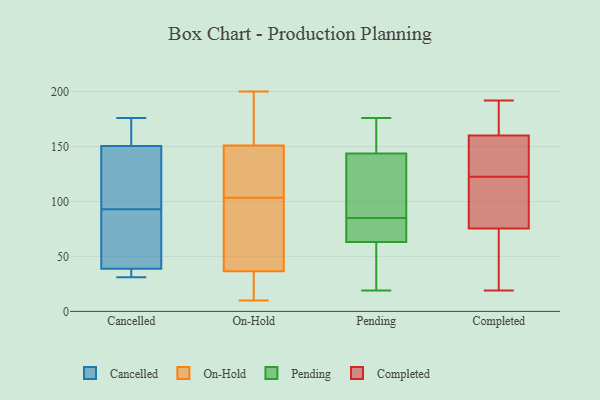
{"axis": {"x": "Bounce Rate (%)", "y": "Value"}, "legend": ["Cancelled", "Completed", "On-Hold", "Pending"], "data": [{"x": "", "y": 93, "type": "Cancelled"}, {"x": "", "y": 32, "type": "Cancelled"}, {"x": "", "y": 41, "type": "Cancelled"}, {"x": "", "y": 176, "type": "Cancelled"}, {"x": "", "y": 167, "type": "Cancelled"}, {"x": "", "y": 95, "type": "Cancelled"}, {"x": "", "y": 38, "type": "Cancelled"}, {"x": "", "y": 159, "type": "Cancelled"}, {"x": "", "y": 77, "type": "Cancelled"}, {"x": "", "y": 125, "type": "Cancelled"}, {"x": "", "y": 31, "type": "Cancelled"}, {"x": "", "y": 33, "type": "On-Hold"}, {"x": "", "y": 113, "type": "On-Hold"}, {"x": "", "y": 103, "type": "On-Hold"}, {"x": "", "y": 20, "type": "On-Hold"}, {"x": "", "y": 40, "type": "On-Hold"}, {"x": "", "y": 142, "type": "On-Hold"}, {"x": "", "y": 46, "type": "On-Hold"}, {"x": "", "y": 15, "type": "On-Hold"}, {"x": "", "y": 193, "type": "On-Hold"}, {"x": "", "y": 140, "type": "On-Hold"}, {"x": "", "y": 104, "type": "On-Hold"}, {"x": "", "y": 200, "type": "On-Hold"}, {"x": "", "y": 174, "type": "On-Hold"}, {"x": "", "y": 160, "type": "On-Hold"}, {"x": "", "y": 54, "type": "On-Hold"}, {"x": "", "y": 10, "type": "On-Hold"}, {"x": "", "y": 77, "type": "Pending"}, {"x": "", "y": 62, "type": "Pending"}, {"x": "", "y": 98, "type": "Pending"}, {"x": "", "y": 171, "type": "Pending"}, {"x": "", "y": 176, "type": "Pending"}, {"x": "", "y": 159, "type": "Pending"}, {"x": "", "y": 85, "type": "Pending"}, {"x": "", "y": 95, "type": "Pending"}, {"x": "", "y": 19, "type": "Pending"}, {"x": "", "y": 67, "type": "Pending"}, {"x": "", "y": 19, "type": "Pending"}, {"x": "", "y": 19, "type": "Completed"}, {"x": "", "y": 115, "type": "Completed"}, {"x": "", "y": 109, "type": "Completed"}, {"x": "", "y": 42, "type": "Completed"}, {"x": "", "y": 168, "type": "Completed"}, {"x": "", "y": 180, "type": "Completed"}, {"x": "", "y": 38, "type": "Completed"}, {"x": "", "y": 185, "type": "Completed"}, {"x": "", "y": 152, "type": "Completed"}, {"x": "", "y": 66, "type": "Completed"}, {"x": "", "y": 147, "type": "Completed"}, {"x": "", "y": 130, "type": "Completed"}, {"x": "", "y": 147, "type": "Completed"}, {"x": "", "y": 85, "type": "Completed"}, {"x": "", "y": 106, "type": "Completed"}, {"x": "", "y": 192, "type": "Completed"}]}